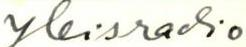
Yleisradio